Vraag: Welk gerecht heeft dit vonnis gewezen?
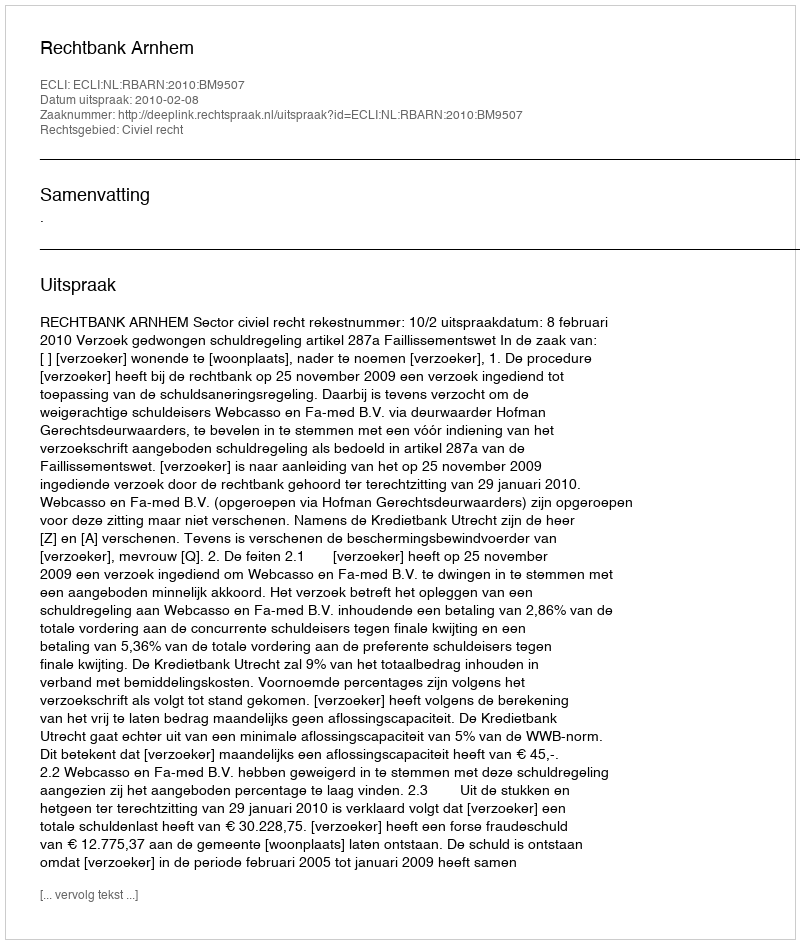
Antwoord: Rechtbank Arnhem